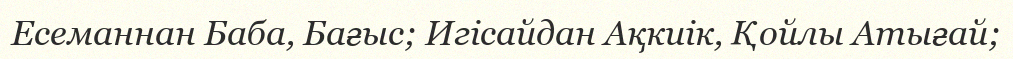
Есеманнан Баба, Бағыс; Игісайдан Ақкиік, Қойлы Атығай;